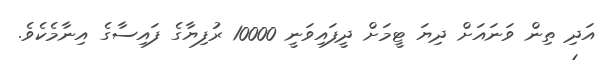
އަދި ތިން ވަނައަށް ދިޔަ ޓީމަށް ދީފައިވަނީ 10000 ރުފިޔާގެ ފައިސާގެ އިނާމެކެވެ.